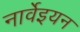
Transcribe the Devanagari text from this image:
नार्वेइयन